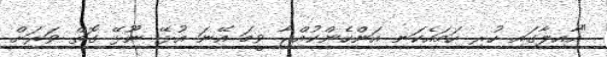
"އާއިލާގައި ހުރި ހަމައެކަނި އަންހެންކުއްޖާ ވީމަ އޭނަ އުޅޭ ނޫޅޭ ގޮތް ވަރަށް